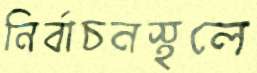
নির্বাচনস্থলে